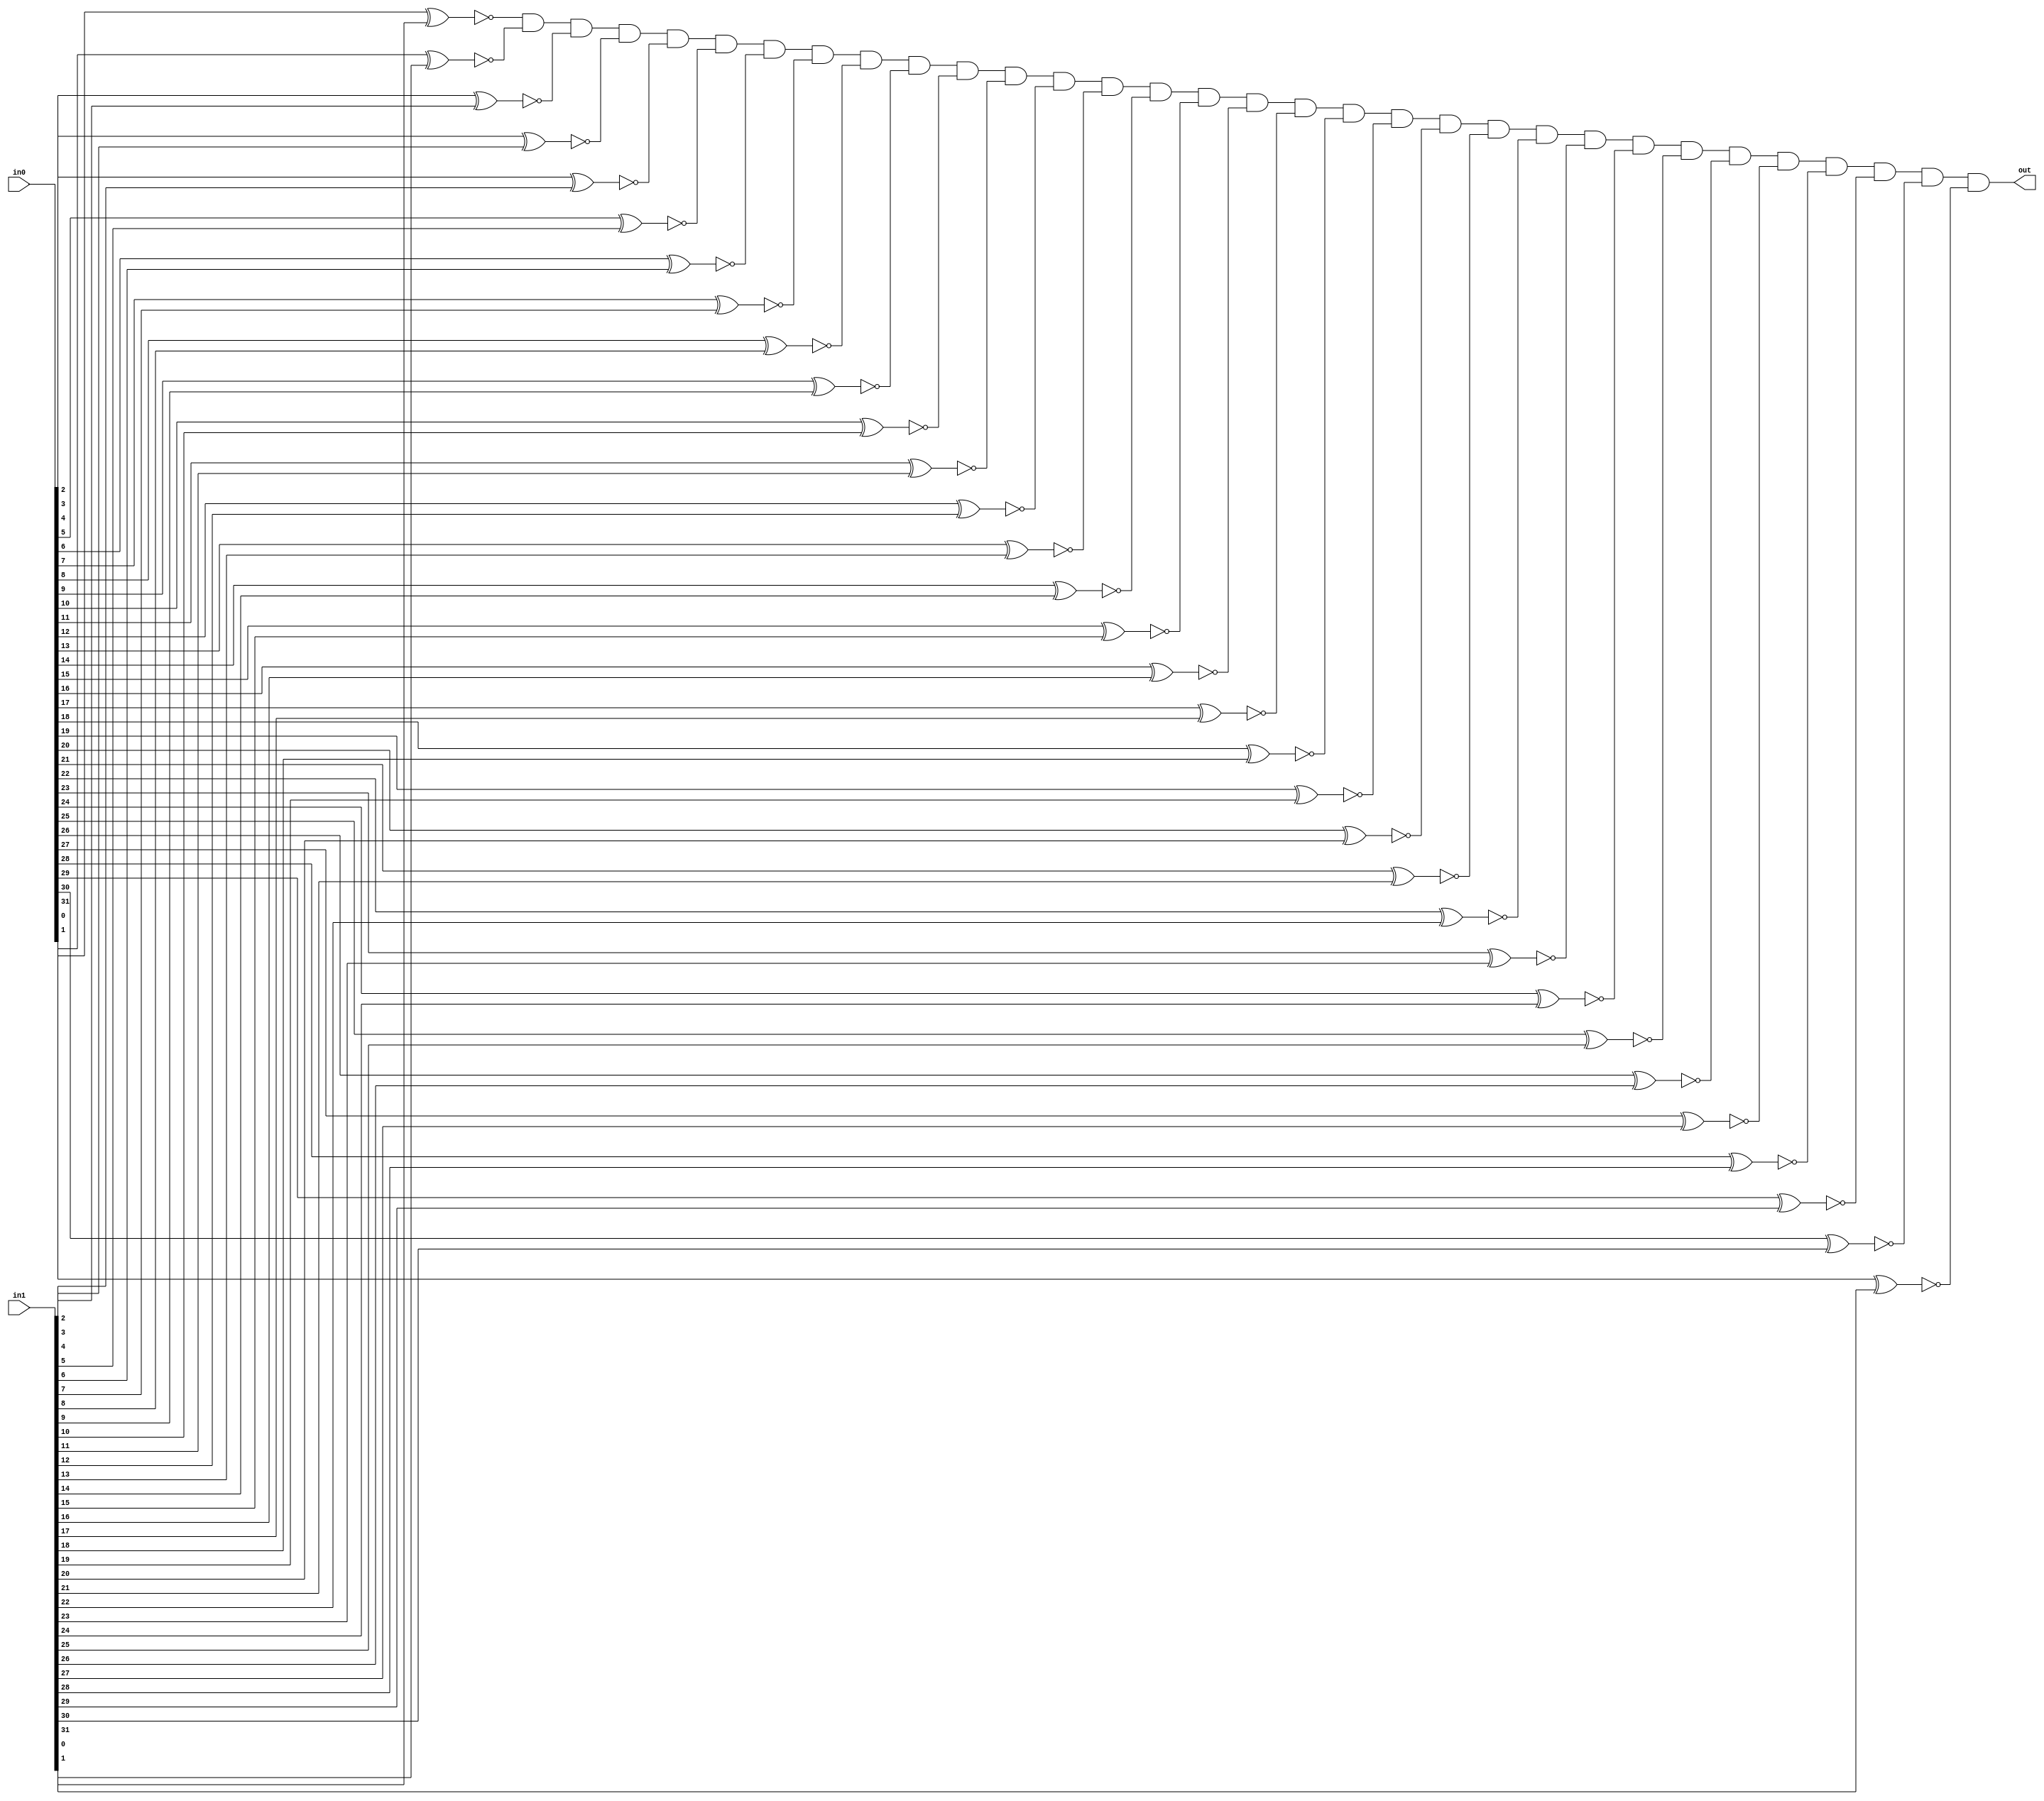
module equal(in0, in1, out);

	input [31:0] in0, in1;
	output out;

	wire a0, a1, a2, a3, a4, a5, a6, a7, a8, a9, a10, a11, a12, a13, a14, a15, a16, a17, a18, a19, a20, a21, a22, a23, a24, a25, a26, a27, a28, a29, a30, a31;
	
    xnor my_a0(a0, in0[0], in1[0]);
    xnor my_a1(a1, in0[1], in1[1]);
    xnor my_a2(a2, in0[2], in1[2]);
    xnor my_a3(a3, in0[3], in1[3]);
    xnor my_a4(a4, in0[4], in1[4]);
    xnor my_a5(a5, in0[5], in1[5]);
    xnor my_a6(a6, in0[6], in1[6]);
    xnor my_a7(a7, in0[7], in1[7]);
    xnor my_a8(a8, in0[8], in1[8]);
    xnor my_a9(a9, in0[9], in1[9]);
    xnor my_a10(a10, in0[10], in1[10]);
    xnor my_a11(a11, in0[11], in1[11]);
    xnor my_a12(a12, in0[12], in1[12]);
    xnor my_a13(a13, in0[13], in1[13]);
    xnor my_a14(a14, in0[14], in1[14]);
    xnor my_a15(a15, in0[15], in1[15]);
    xnor my_a16(a16, in0[16], in1[16]);
    xnor my_a17(a17, in0[17], in1[17]);
    xnor my_a18(a18, in0[18], in1[18]);
    xnor my_a19(a19, in0[19], in1[19]);
    xnor my_a20(a20, in0[20], in1[20]);
    xnor my_a21(a21, in0[21], in1[21]);
    xnor my_a22(a22, in0[22], in1[22]);
    xnor my_a23(a23, in0[23], in1[23]);
    xnor my_a24(a24, in0[24], in1[24]);
    xnor my_a25(a25, in0[25], in1[25]);
    xnor my_a26(a26, in0[26], in1[26]);
    xnor my_a27(a27, in0[27], in1[27]);
    xnor my_a28(a28, in0[28], in1[28]);
    xnor my_a29(a29, in0[29], in1[29]);
    xnor my_a30(a30, in0[30], in1[30]);
    xnor my_a31(a31, in0[31], in1[31]);

    and my_out(out, a0, a1, a2, a3, a4, a5, a6, a7, a8, a9, a10, a11, a12, a13, a14, a15, a16, a17, a18, a19, a20, a21, a22, a23, a24, a25, a26, a27, a28, a29, a30, a31);

endmodule